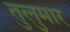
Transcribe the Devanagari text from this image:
तुलुमार